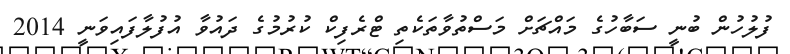
ފުލުހުން ބުނީ ސަބާހުގެ މައްޗަށް މަސްތުވާތަކެތި ޓްރެފިކް ކުރުމުގެ ދައުވާ އުފުލާފައިވަނީ 2014